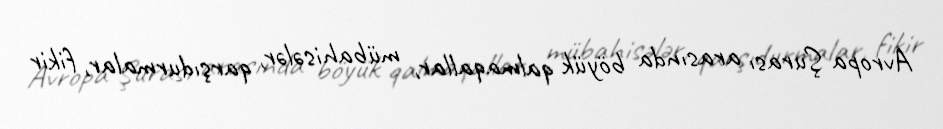
Avropa Şurası arasında böyük qalmaqallar, mübahisələr, qarşıdurmalar, fikir